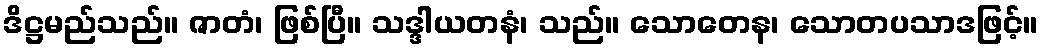
ဒိဋ္ဌမည်သည်။ ဇာတံ၊ ဖြစ်ပြီ။ သဒ္ဒါယတနံ၊ သည်။ သောတေန၊ သောတပသာဒဖြင့်။